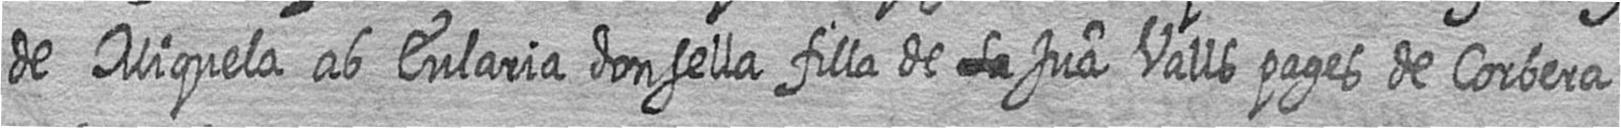
de Miquela ab Eularia donsella filla de # Jua Valls pages de Corbera